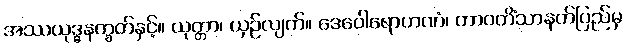
အဿယုဒ္ဓနက္ခတ်နှင့်။ ယုတ္တာ၊ ယှဉ်လျက်။ ဒေဝေါရောဟဏံ၊ တာဝတိံသာနတ်ပြည်မှ